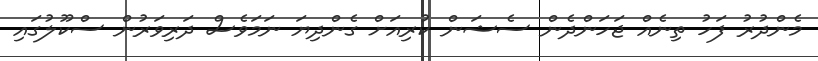
މެންދުރު ފަހު ތިނެއް ޖަހަންދެން ސެޝަން ކުރިއަށް ގެންދިޔަ ނަމަވެސް ދަރިވަރުން ސްކޫލުގައި